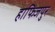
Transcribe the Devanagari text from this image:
हाफिजपुर